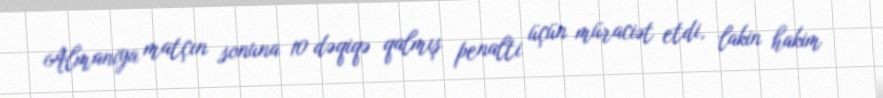
Almaniya matçın sonuna 10 dəqiqə qalmış penalti üçün müraciət etdi, lakin hakim